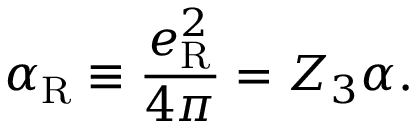
\alpha _ { \mathrm { R } } \equiv \frac { e _ { \mathrm { R } } ^ { 2 } } { 4 \pi } = Z _ { 3 } \alpha .